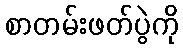
စာတမ်းဖတ်ပွဲကို